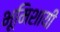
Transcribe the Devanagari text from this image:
भूमिशायी